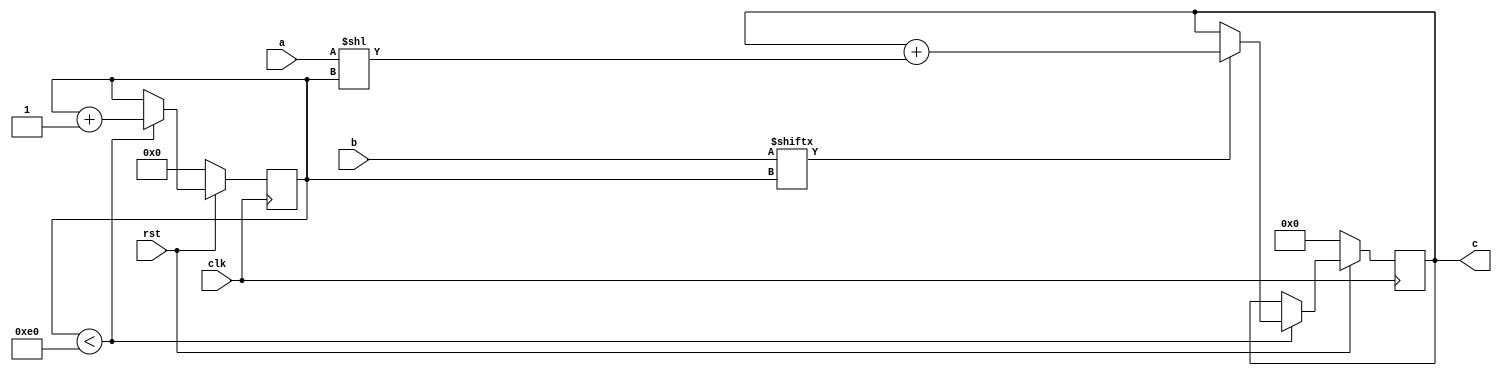
// TalTech large integer multiplier library
// Multiplier type: schoolbook
// Parameters: 224 224 1
// Target tool: genus
module schoolbook(clk, rst, a, b, c);
input clk;
input rst;
input [223:0] a;
input [223:0] b;
output reg [447:0] c;

// no pipeline vars
reg  [7:0] count;

always @(posedge clk) begin
	if (rst == 1'b0) begin
		c <= 448'd0;
		count <= 8'd0;
	end
	else begin
		if (count < 224) begin
			if (b[count] == 1) begin
				c <= c + (a << count);
			end
			count <= count + 1;
		end
	end
end
endmodule